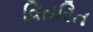
વિતરિત